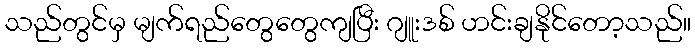
သည်တွင်မှ မျက်ရည်တွေတွေကျပြီး ဂျူးဒစ် ဟင်းချနိုင်တော့သည်။